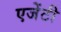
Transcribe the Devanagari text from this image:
एजेंटी